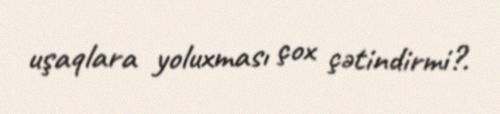
uşaqlara yoluxması çox çətindirmi?.